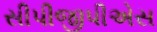
સીપીજીપીએસ